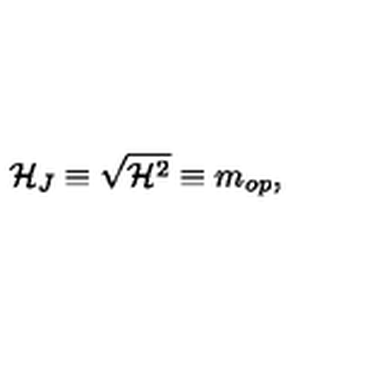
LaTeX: { \cal H } _ { J } \equiv \sqrt { { \cal H } ^ { 2 } } \equiv m _ { o p } ,